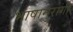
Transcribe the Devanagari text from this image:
भाषानुरागी